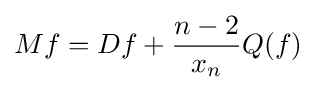
Mf=Df+{\frac {n-2}{x_{n}}}Q(f)